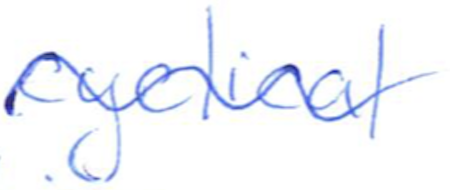
Text: cyclical
Cross-out: wave
Writing tool: ballpoint